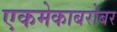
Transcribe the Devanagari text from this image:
एकमेकाबरोबर